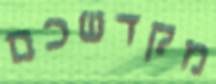
מקדשכם